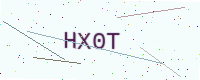
Text: HX0T